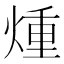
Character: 煄